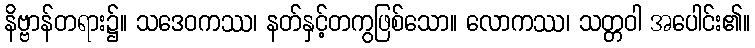
နိဗ္ဗာန်တရား၌။ သဒေဝကဿ၊ နတ်နှင့်တကွဖြစ်သော။ လောကဿ၊ သတ္တဝါ အပေါင်း၏။